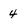
Character: 4